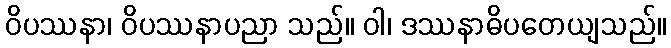
ဝိပဿနာ၊ ဝိပဿနာပညာ သည်။ ဝါ၊ ဒဿနာဓိပတေယျသည်။